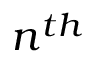
n ^ { t h }